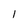
Character: l